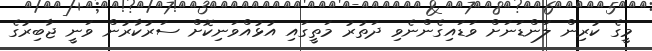
މީގެ ކުރިން ލަންޑަނަށް ވަޑައިގެންނެވި ދަތުރު މަތީގައި އުޅުއްވަނިކޮށް ސަރުކާރުން ވަނީ ޖާބިރުގެ